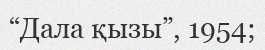
“Дала қызы”, 1954;